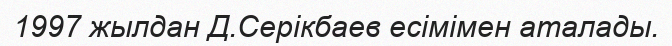
1997 жылдан Д.Серікбаев есімімен аталады.